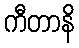
ကီတာနိ